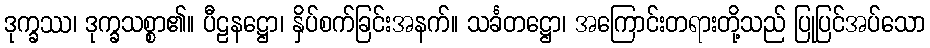
ဒုက္ခဿ၊ ဒုက္ခသစ္စာ၏။ ပီဠနဋ္ဌော၊ နှိပ်စက်ခြင်းအနက်။ သင်္ခတဋ္ဌော၊ အကြောင်းတရားတို့သည် ပြုပြင်အပ်သော